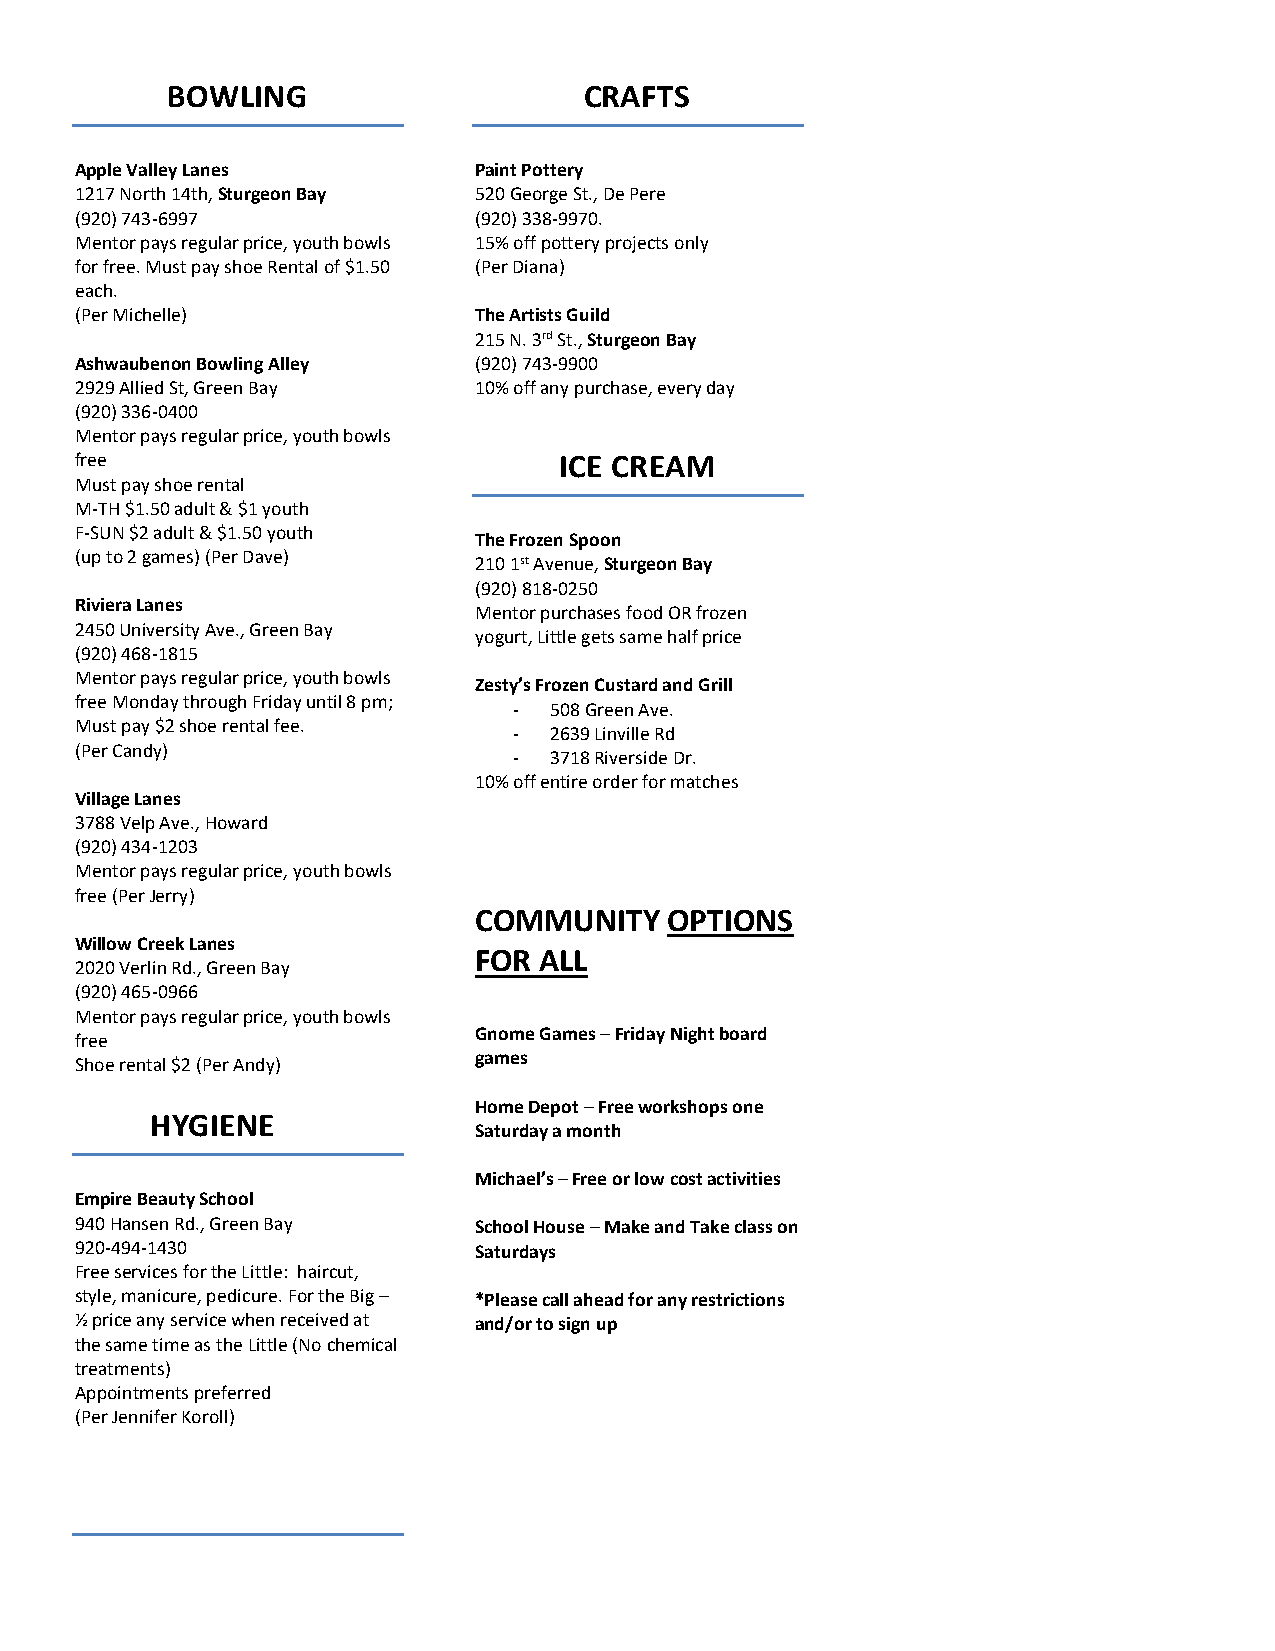
Good  Deals List
 Good Deals are valid when mentors are on outings with their youth.
 Blue Match Identification Card MUST be presented to receive good deal.
 BOWLING                     CRAFTS
 Apple Valley Lanes        Paint Pottery
 1217 North 14th, Sturgeon Bay 520 George St., De Pere
 (920) 743-6997            (920) 338-9970.
 Mentor pays regular price, youth bowls 15% off pottery projects only
 for free. Must pay shoe Rental of $1.50 (Per Diana)
 each.
 (Per Michelle)            The Artists Guild
 215 N. 3rd St., Sturgeon Bay
 Ashwaubenon Bowling Alley (920) 743-9900
 2929 Allied St, Green Bay 10% off any purchase, every day
 (920) 336-0400
 Mentor pays regular price, youth bowls
 free                            ICE CREAM
 Must pay shoe rental
 M-TH $1.50 adult & $1 youth
 F-SUN $2 adult & $1.50 youth
 The Frozen Spoon
 (up to 2 games) (Per Dave)
 210 1st Avenue, Sturgeon Bay
 (920) 818-0250
 Riviera Lanes
 Mentor purchases food OR frozen
 2450 University Ave., Green Bay
 yogurt, Little gets same half price
 (920) 468-1815
 Mentor pays regular price, youth bowls
 Zesty’s Frozen Custard and Grill
 free Monday through Friday until 8 pm;
 - 508 Green Ave.
 Must pay $2 shoe rental fee.
 - 2639 Linville Rd
 (Per Candy)
 - 3718 Riverside Dr.
 10% off entire order for matches
 Village Lanes
 3788 Velp Ave., Howard
 (920) 434-1203
 Mentor pays regular price, youth bowls
 free (Per Jerry)
 COMMUNITY    OPTIONS
 Willow Creek Lanes
 FOR  ALL
 2020 Verlin Rd., Green Bay
 (920) 465-0966
 Mentor pays regular price, youth bowls
 Gnome Games – Friday Night board
 free
 games
 Shoe rental $2 (Per Andy)
 Home Depot – Free workshops one
 HYGIENE
 Saturday a month
 Michael’s – Free or low cost activities
 Empire Beauty School
 940 Hansen Rd., Green Bay School House – Make and Take class on
 920-494-1430              Saturdays
 Free services for the Little: haircut,
 style, manicure, pedicure. For the Big – *Please call ahead for any restrictions
 ½ price any service when received at and/or to sign up
 the same time as the Little (No chemical
 treatments)
 Appointments preferred
 (Per Jennifer Koroll)